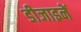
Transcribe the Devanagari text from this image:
डीजाइनें